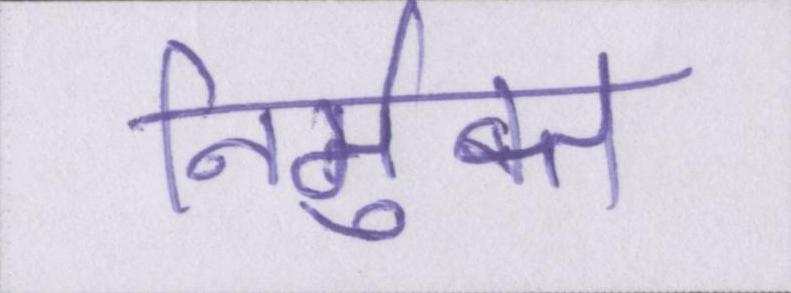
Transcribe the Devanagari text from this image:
निर्मुक्त